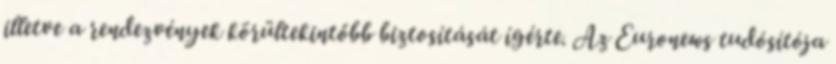
illetve a rendezvények körültekintőbb biztosítását ígérte. Az Euronews tudósítója